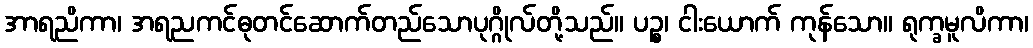
အာရညိကာ၊ အရညကင်ဓုတင်ဆောက်တည်သောပုဂ္ဂိုလ်တို့သည်။ ပဉ္စ၊ ငါးယောက် ကုန်သော။ ရုက္ခမူလိကာ၊